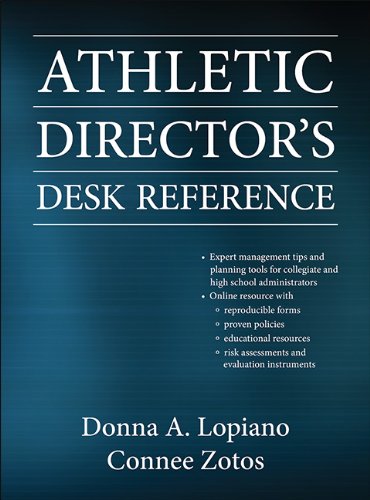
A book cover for Athletic Director's Desk Reference With Web Resource; Donna Lopiano; Business & Money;